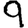
Digit: 9